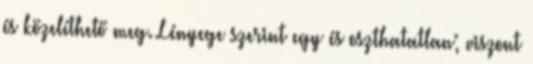
és közelíthető meg. Lényege szerint egy és oszthatatlan; viszont